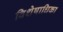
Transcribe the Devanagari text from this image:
विशेषाधिका